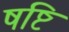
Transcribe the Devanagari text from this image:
षष्टि